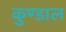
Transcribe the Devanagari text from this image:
कुण्डाल